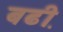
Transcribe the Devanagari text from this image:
बढी़